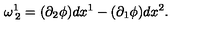
\omega _ { \: 2 } ^ { 1 } = ( \partial _ { 2 } \phi ) d x ^ { 1 } - ( \partial _ { 1 } \phi ) d x ^ { 2 } .